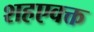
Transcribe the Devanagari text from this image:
शहएवक्त